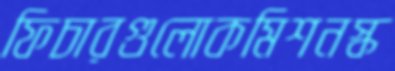
ফিচারগুলোকমিশনস্ক